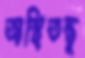
অস্থিতন্তু